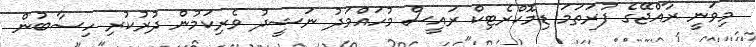
މިވަނީ ރާއްޖޭގެ ފުރަތަމަ ޑިމޮކްރެޓިކް ރައީސް މުހައްމަދު ނަޝީދު ވެރިކަމުން ދުރުކުރި ހިސާބުން